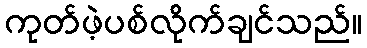
ကုတ်ဖဲ့ပစ်လိုက်ချင်သည်။